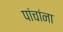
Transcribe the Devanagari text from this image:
पांचांना